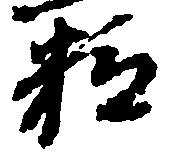
粒